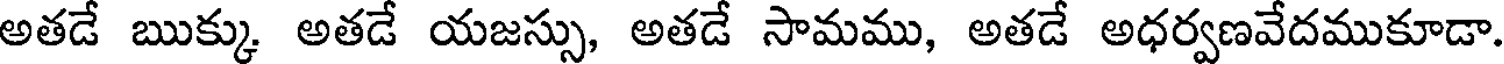
అతడే ఋక్కు అతడే యజస్సు, అతడే సామము, అతడే అధర్వణవేదముకూడా.